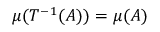
\mu ( T ^ { - 1 } ( A ) ) = \mu ( A )